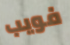
فويب